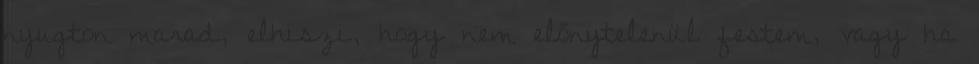
nyugton marad, elhiszi, hogy nem előnytelenül festem, vagy ha